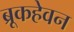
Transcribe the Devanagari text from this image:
ब्रूकहेवन